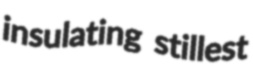
insulating stillest